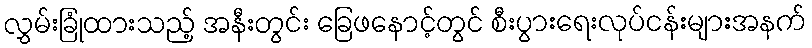
လွှမ်းခြုံထားသည့် အနီးတွင်း ခြေဖနောင့်တွင် စီးပွားရေးလုပ်ငန်းများအနက်